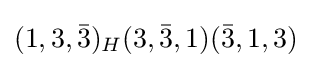
(1,3,{\bar {3}})_{H}(3,{\bar {3}},1)({\bar {3}},1,3)